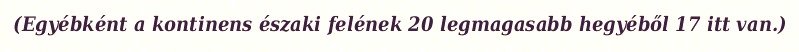
(Egyébként a kontinens északi felének 20 legmagasabb hegyéből 17 itt van.)